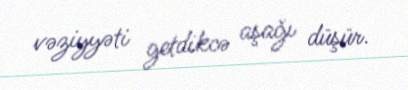
vəziyyəti getdikcə aşağı düşür.